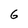
Character: 6